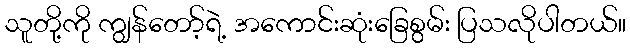
သူတို့ကို ကျွန်တော့်ရဲ့ အကောင်းဆုံးခြေစွမ်း ပြသလိုပါတယ်။